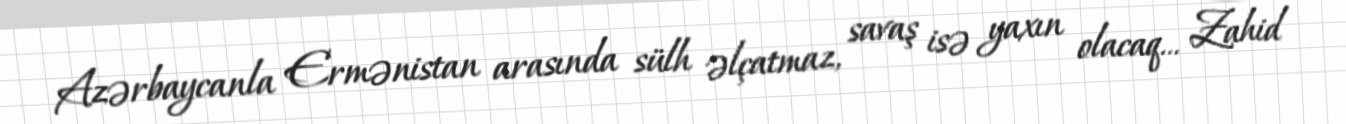
Azərbaycanla Ermənistan arasında sülh əlçatmaz, savaş isə yaxın olacaq... Zahid